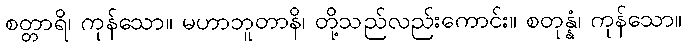
စတ္တာရိ၊ ကုန်သော။ မဟာဘူတာနိ၊ တို့သည်လည်းကောင်း။ စတုန္နံ၊ ကုန်သော။